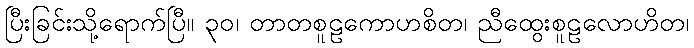
ပြီးခြင်းသို့ရောက်ပြီ။ ၃၀၊ တာတစူဠကောဟစိတ၊ ညီထွေးစူဠလောဟိတ၊